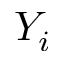
Y _ { i }